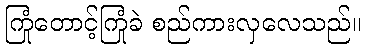
ကြုံတောင့်ကြုံခဲ စည်ကားလှလေသည်။